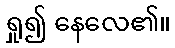
ရှု၍ နေလေ၏။